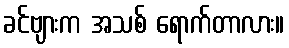
ခင်ဗျားက အသစ် ရောက်တာလား။